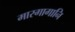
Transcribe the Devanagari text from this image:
मारगागानि